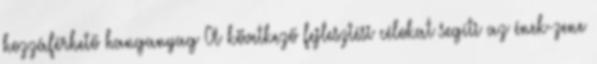
hozzáférhető hanganyag A következő fejlesztési célokat segíti az ének-zene